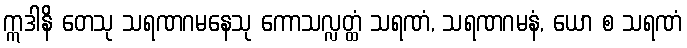
ဣဒါနိ တေသု သရဏဂမနေသု ကောသလ္လတ္ထံ သရဏံ, သရဏဂမနံ, ယော စ သရဏံ